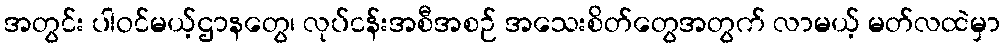
အတွင်း ပါဝင်မယ့်ဌာနတွေ၊ လုပ်ငန်းအစီအစဉ် အသေးစိတ်တွေအတွက် လာမယ့် မတ်လထဲမှာ